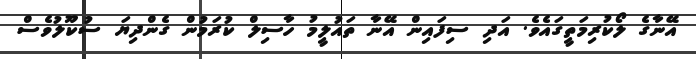
އޭނާގެ ލޯކުރިމަތީގައެވެ. އަދި ސިފައިން އޭނާ ތައުލީމު ހާސިލް ކުރަމުން ގެންދިޔަ ސުކޫލުވެސް